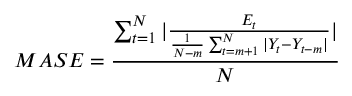
M A S E = { \frac { \sum _ { t = 1 } ^ { N } | { \frac { E _ { t } } { { \frac { 1 } { N - m } } \sum _ { t = m + 1 } ^ { N } | Y _ { t } - Y _ { t - m } | } } | } { N } }